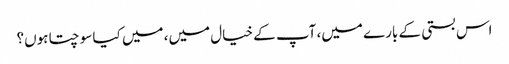
اس بستی کے بارے میں، آپ کے خیال میں، میں کیا سوچتا ہوں؟